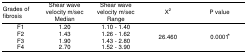
| Grades of fibrosis | Shear wave velocity m/sec Median | Shear wave velocity m/sec Range | Χ2 | P value |
 | --- | --- | --- | --- | --- |
 | F1 | 1.20 | 1.10 - 1.40 | <ROWSPAN=4> 26.460 | <ROWSPAN=4> 0.0001* |
 | F2 | 1.43 | 1.26 - 1.62 |
 | F3 | 1.90 | 1.43 - 2.80 |
 | F4 | 2.70 | 1.52 - 3.90 |